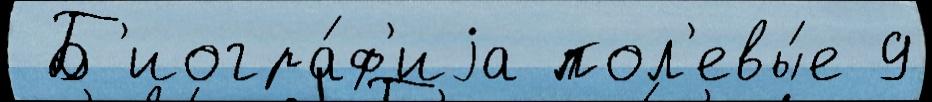
 Б'иогра́ф'иjа пол'евы́е 9